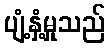
ပျံ့နှံ့မှုသည်